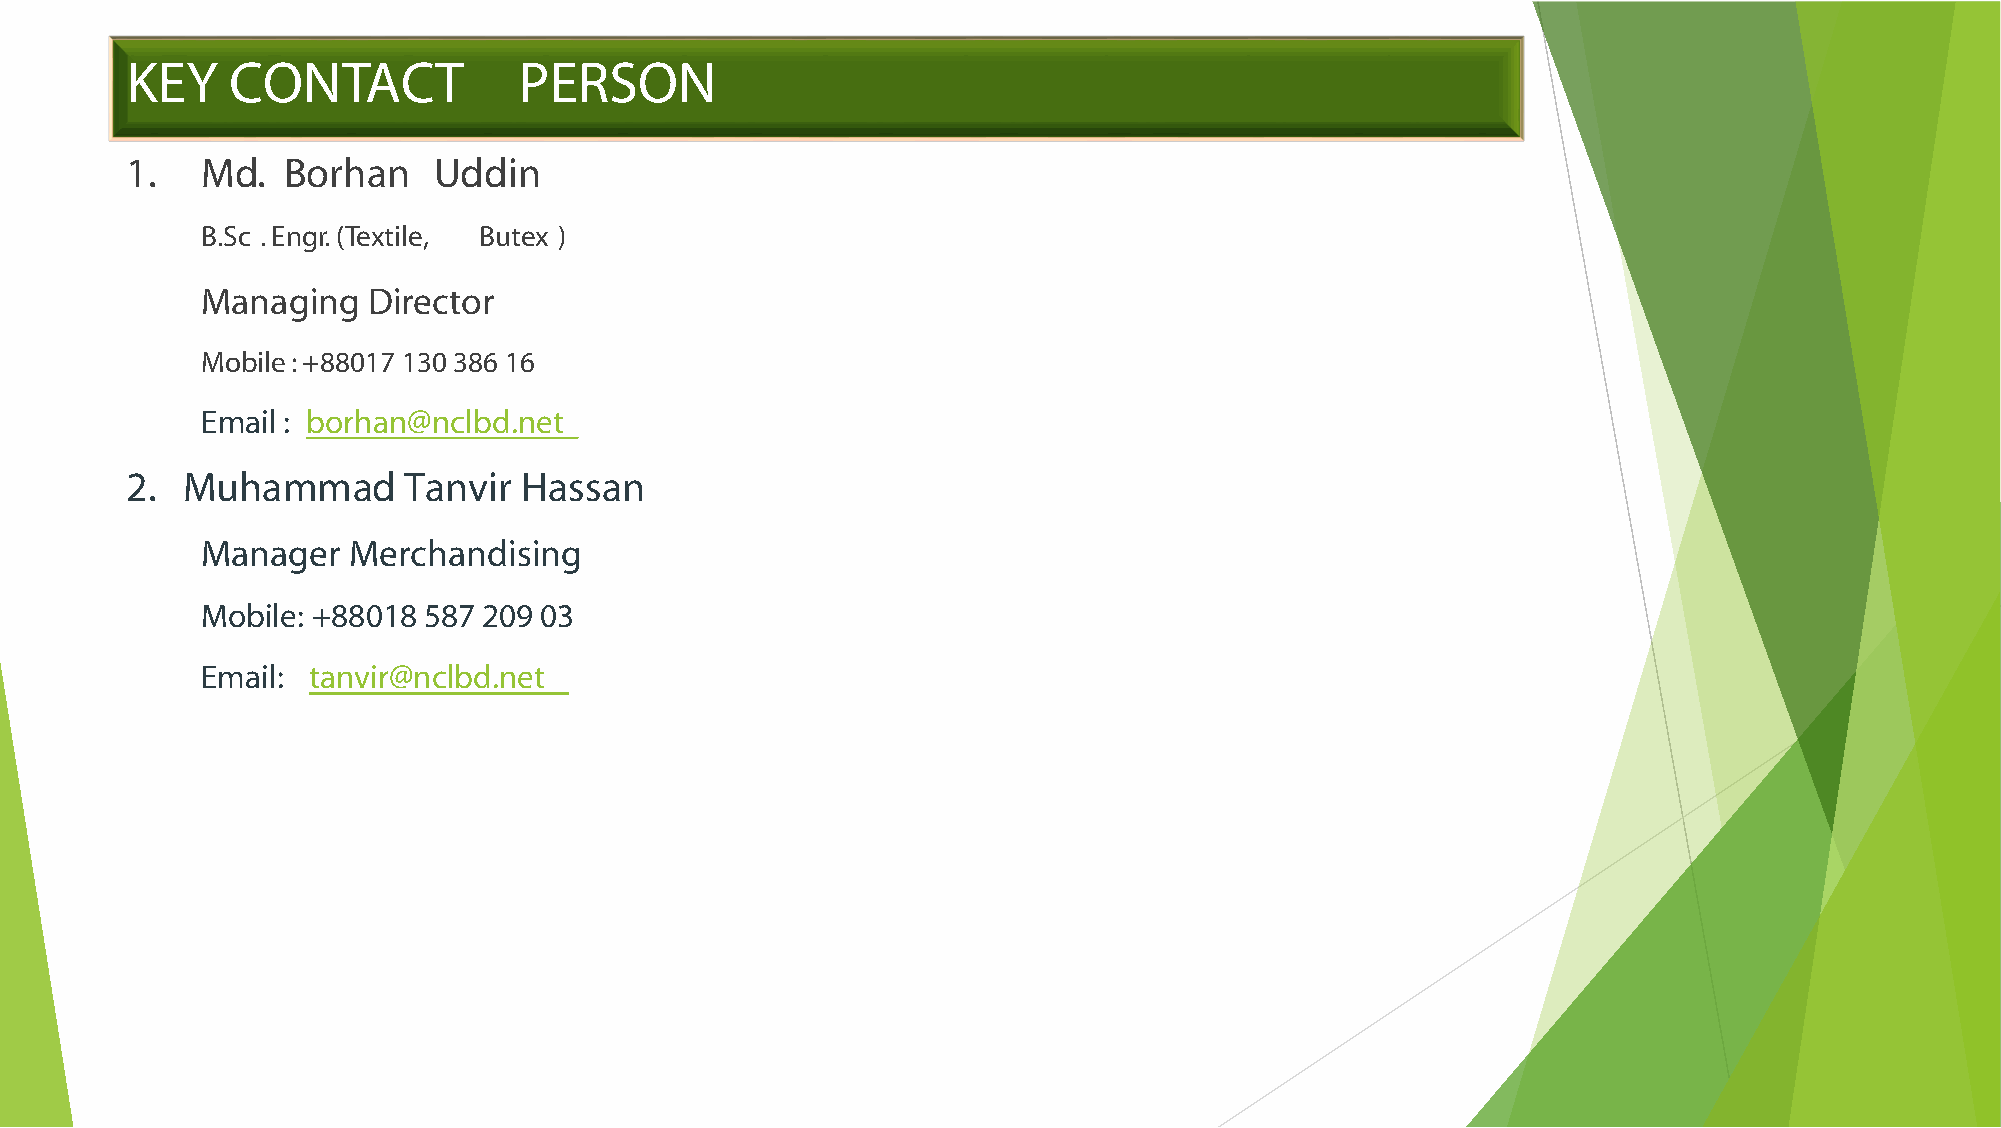
KEY    CONTACT            PERSON
 1.   Md.   Borhan    Uddin
 B.Sc . Engr. (Textile, Butex )
 Managing   Director
 Mobile: +88017 130 386 16
 Email : borhan@nclbd.net
 2.  Muhammad       Tanvir  Hassan
 Manager   Merchandising
 Mobile: +88018 587 209 03
 Email: tanvir@nclbd.net